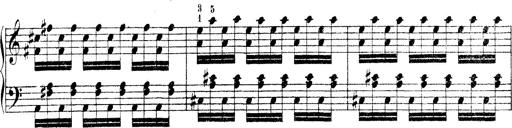
Title: Technische Studien
Composer: Franz Liszt